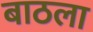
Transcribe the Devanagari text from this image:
बाठला